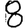
Digit: 8